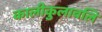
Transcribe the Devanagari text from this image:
कालीकुलावलि